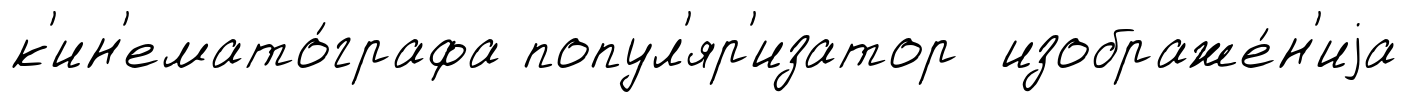
к'ин'емато́графа попул'яр'изатор изображе́н'иjа